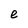
Character: e